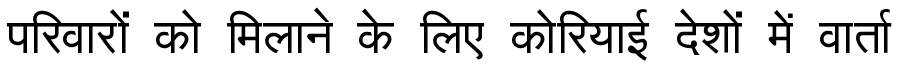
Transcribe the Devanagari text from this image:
परिवारों को मिलाने के लिए कोरियाई देशों में वार्ता